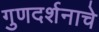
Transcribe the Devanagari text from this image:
गुणदर्शनाचे